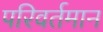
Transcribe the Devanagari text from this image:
परिवर्तमान